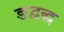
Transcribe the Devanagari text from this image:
ङद्वद्ध